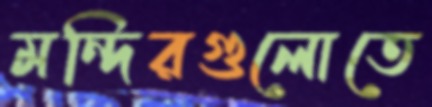
মন্দিরগুলোতে